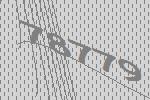
78779